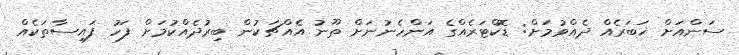
ސަންއަށް ޚަބަރެއް ދެއްވުމަށް: ޑޮކްޓަރެއްގެ އަންހެނުނަށް ތޫނު އެއްޗަކުން ބިރުދެއްކުމަށް ފަހު ފައިސާތަކެއް